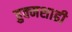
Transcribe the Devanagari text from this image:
हुक्मशाही